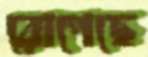
রোপেছে